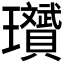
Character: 𪼱